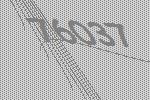
76037